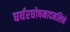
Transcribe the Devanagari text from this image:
घर्घरघोषनादमलिने